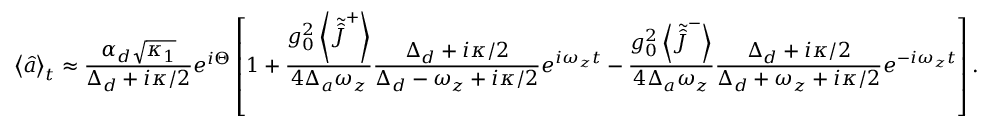
\left\langle \hat { a } \right\rangle _ { t } \approx \frac { \alpha _ { d } \sqrt { \kappa _ { 1 } } } { \Delta _ { d } + i \kappa / 2 } e ^ { i \Theta } \left[ 1 + \frac { g _ { 0 } ^ { 2 } \left\langle \tilde { \hat { J } } ^ { + } \right\rangle } { 4 \Delta _ { a } \omega _ { z } } \frac { \Delta _ { d } + i \kappa / 2 } { \Delta _ { d } - \omega _ { z } + i \kappa / 2 } e ^ { i \omega _ { z } t } - \frac { g _ { 0 } ^ { 2 } \left\langle \tilde { \hat { J } } ^ { - } \right\rangle } { 4 \Delta _ { a } \omega _ { z } } \frac { \Delta _ { d } + i \kappa / 2 } { \Delta _ { d } + \omega _ { z } + i \kappa / 2 } e ^ { - i \omega _ { z } t } \right] .